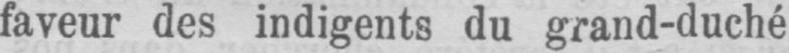
faveur des indigents du grand-duché